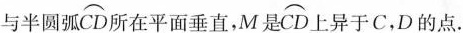
与半圆弧\stackrel\frown{CD}所在平面垂直，M是\stackrel\frown{CD}上异于C，D的点。